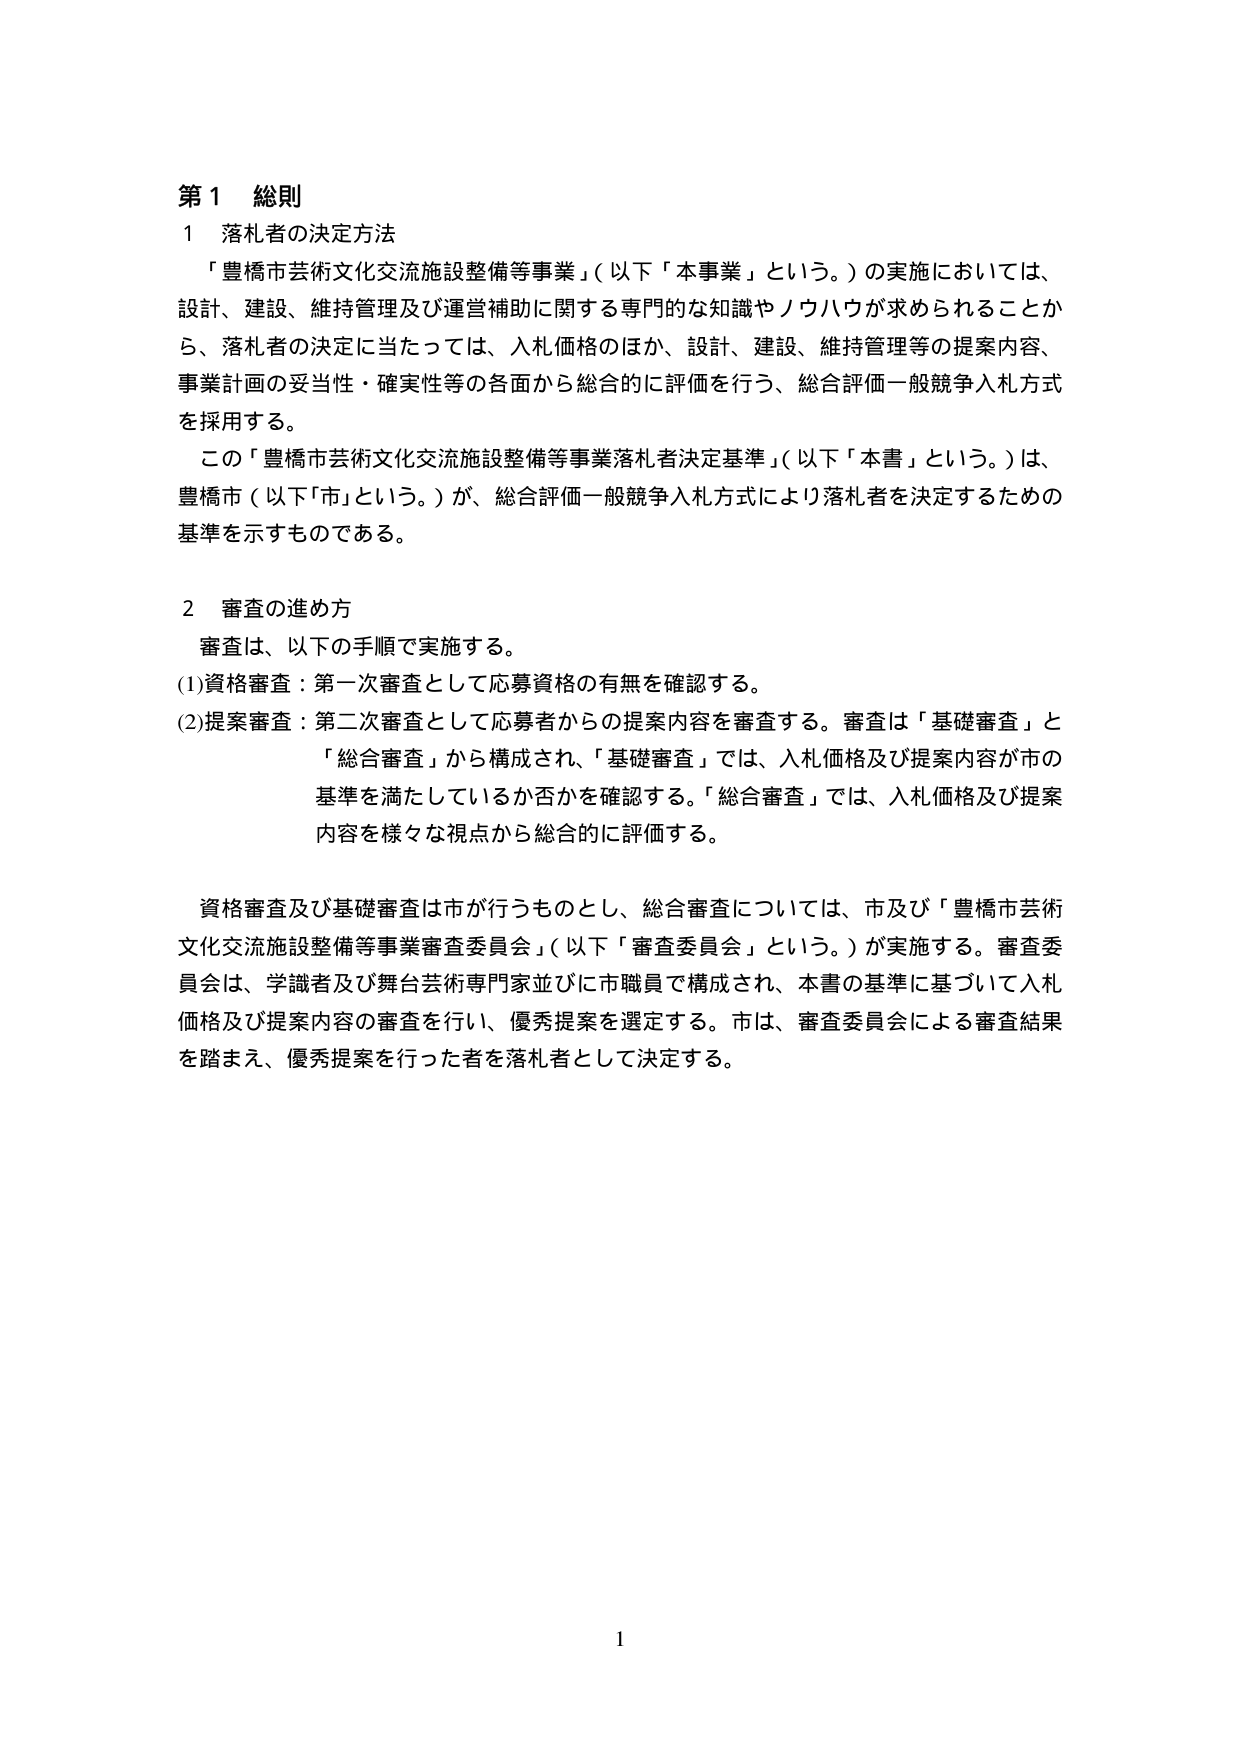
第１ 総則
１ 落札者の決定方法
「豊橋市芸術文化交流施設整備等事業」（以下「本事業」という。）の実施においては、
設計、建設、維持管理及び運営補助に関する専門的な知識やノウハウが求められることか
ら、落札者の決定に当たっては、入札価格のほか、設計、建設、維持管理等の提案内容、
事業計画の妥当性・確実性等の各面から総合的に評価を行う、総合評価一般競争入札方式
を採用する。
この「豊橋市芸術文化交流施設整備等事業落札者決定基準」（以下「本書」という。）は、
豊橋市（以下「市」という。）が、総合評価一般競争入札方式により落札者を決定するための
基準を示すものである。

２ 審査の進め方
審査は、以下の手順で実施する。
(1) 資格審査：第一次審査として応募資格の有無を確認する。
(2) 提案審査：第二次審査として応募者からの提案内容を審査する。審査は「基礎審査」と
「総合審査」から構成され、「基礎審査」では、入札価格及び提案内容が市の
基準を満たしているか否かを確認する。「総合審査」では、入札価格及び提案
内容を様々な視点から総合的に評価する。

資格審査及び基礎審査は市が行うものとし、総合審査については、市及び「豊橋市芸術
文化交流施設整備等事業審査委員会」（以下「審査委員会」という。）が実施する。審査委
員会は、学識者及び舞台芸術専門家並びに市職員で構成され、本書の基準に基づいて入札
価格及び提案内容の審査を行い、優秀提案を選定する。市は、審査委員会による審査結果
を踏まえ、優秀提案を行った者を落札者として決定する。

1